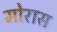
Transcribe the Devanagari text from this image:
मोरास